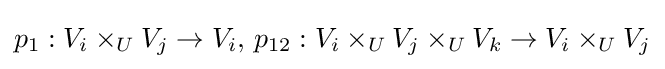
p_{1}:V_{i}\times _{U}V_{j}\to V_{i},\,p_{12}:V_{i}\times _{U}V_{j}\times _{U}V_{k}\to V_{i}\times _{U}V_{j}